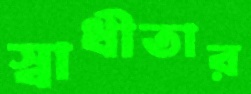
স্বাধীতার